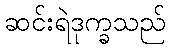
ဆင်းရဲဒုက္ခသည်